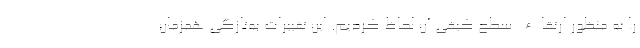
را به منظور ارتقاء سطح کیفی آن لحاظ کردیم. این تغییرات به‌تازگی همزمان